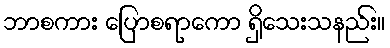
ဘာစကား ပြောစရာကော ရှိသေးသနည်း။